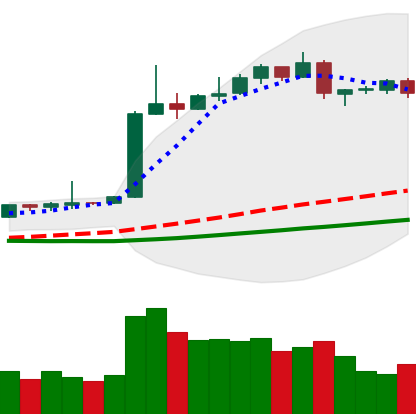
Ticker: BTC-USD
Chart end date: 2019-04-15
Forward return: 5.344%
Label: up_5_7